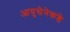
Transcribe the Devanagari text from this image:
आयुसेनेकडे